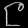
Digit: ၉